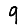
Digit: 9